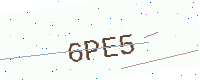
Text: 6PE5